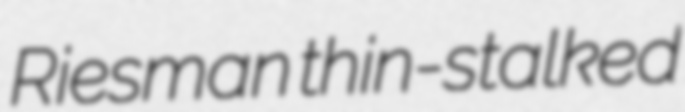
Riesman thin-stalked